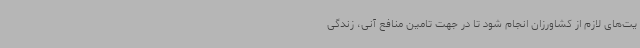
یت‌های لازم از کشاورزان انجام شود تا در جهت تامین منافع آنی، زندگی